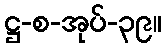
ဋ္ဌ-စ-အုပ်-၃၉။